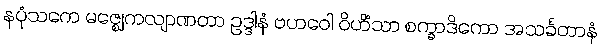
နပုံသကေ မဇ္ဈေကလျာဏတာ ဥဒ္ဒါနံ ဗဟဝေါ ဝိဟိံသာ စက္ခာဒိကော အသင်္ခတာနံ